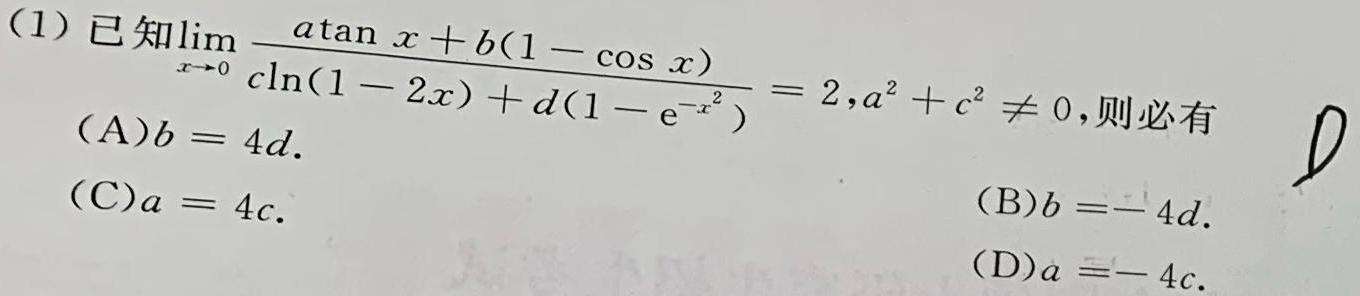
(1) 已知$\lim_{x \to 0} \frac{a\tan x + b(1 - \cos x)}{c\ln(1 - 2x) + d(1 - \mathrm{e}^{-x^{2}})} = 2,a^{2} + c^{2} \neq 0$, 则必有
(A)$b = 4d$.
(C)$a = 4c$.
(B)$b = - 4d$.
(D)$a = - 4c$.